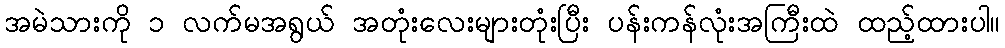
အမဲသားကို ၁ လက်မအရွယ် အတုံးလေးများတုံးပြီး ပန်းကန်လုံးအကြီးထဲ ထည့်ထားပါ။